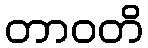
တာဝတိ